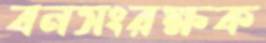
বনসংরক্ষক